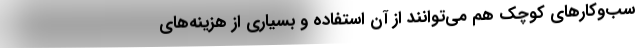
سب‌و‌کارهای کوچک هم می‌توانند از آن استفاده و بسیاری از هزینه‌های